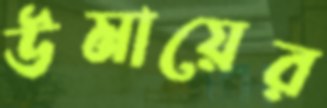
উমায়ের